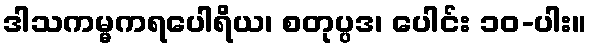
ဒါသကမ္မကရပေါရိယ၊ စတုပ္ပဒ၊ ပေါင်း ၁၀-ပါး။